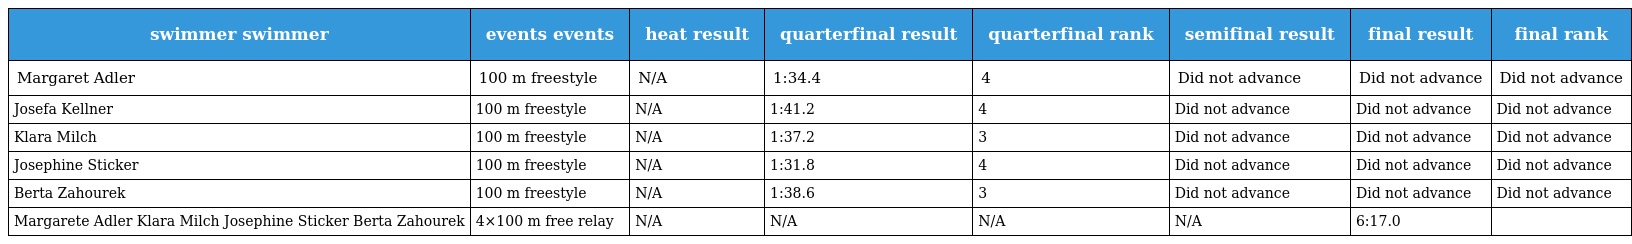
| swimmer swimmer | events events | heat result | quarterfinal result | quarterfinal rank | semifinal result | final result | final rank |
 | --- | --- | --- | --- | --- | --- | --- | --- |
 | Margaret Adler | 100 m freestyle | N/A | 1:34.4 | 4 | Did not advance | Did not advance | Did not advance |
 | Josefa Kellner | 100 m freestyle | N/A | 1:41.2 | 4 | Did not advance | Did not advance | Did not advance |
 | Klara Milch | 100 m freestyle | N/A | 1:37.2 | 3 | Did not advance | Did not advance | Did not advance |
 | Josephine Sticker | 100 m freestyle | N/A | 1:31.8 | 4 | Did not advance | Did not advance | Did not advance |
 | Berta Zahourek | 100 m freestyle | N/A | 1:38.6 | 3 | Did not advance | Did not advance | Did not advance |
 | Margarete Adler Klara Milch Josephine Sticker Berta Zahourek | 4×100 m free relay | N/A | N/A | N/A | N/A | 6:17.0 |  |